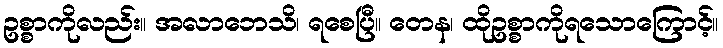
ဥစ္စာကိုလည်း။ အလာဘေသိ၊ ရစေပြီ။ တေန၊ ထိုဥစ္စာကိုရသောကြောင့်။